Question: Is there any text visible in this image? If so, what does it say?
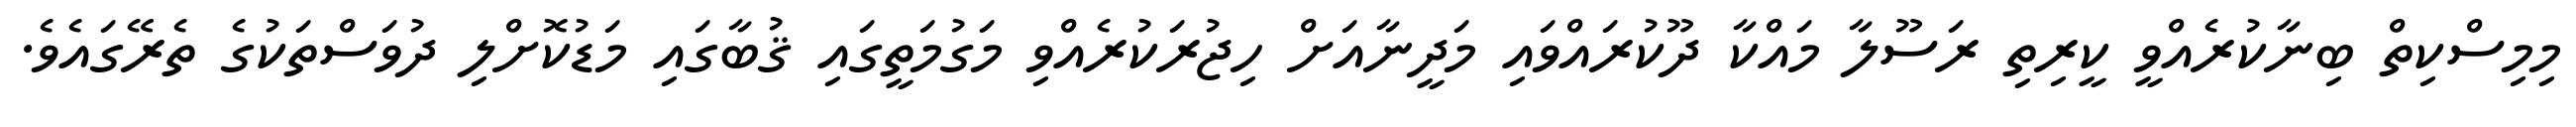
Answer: މިމިސްކިތް ބިނާކުރެއްވީ ކީރިތި ރަސޫލާ މައްކާ ދޫކުރައްވައި މަދީނާއަށް ހިޖުރަކުރެއްވި މަގުމަތީގައި ޤުބާގައި މަޑުކޮށްލި ދުވަސްތަކުގެ ތެރޭގައެވެ.